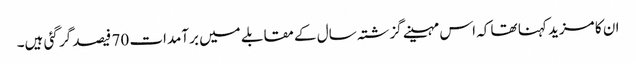
ان کا مزید کہنا تھا کہ اس مہینے گزشتہ سال کے مقابلے میں برآمدات 70 فیصد گر گئی ہیں۔